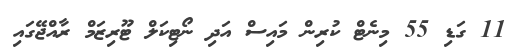
11 ގަޑި 55 މިނެޓް ކުރިން މައިސް އަދި ނޯޓިކަލް ޓޫރިޒަމް ރާއްޖޭގައި